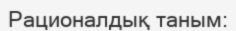
Рационалдық таным: